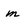
Character: m